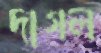
দাগল